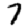
Digit: 7